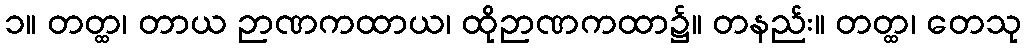
၁။ တတ္ထ၊ တာယ ဉာဏကထာယ၊ ထိုဉာဏကထာ၌။ တနည်း။ တတ္ထ၊ တေသု